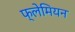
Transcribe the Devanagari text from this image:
फ्लेमियन